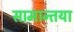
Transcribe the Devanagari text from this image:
सामान्तया